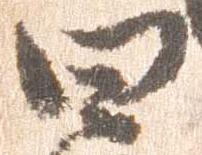
四